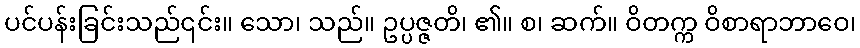
ပင်ပန်းခြင်းသည်၎င်း။ သော၊ သည်။ ဥပ္ပဇ္ဇတိ၊ ၏။ စ၊ ဆက်။ ဝိတက္က ဝိစာရာဘာဝေ၊